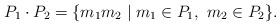
LaTeX: \begin{align*} P_1 \cdot P_2 = \{m_1m_2 \mid m_1 \in P_1,\ m_2 \in P_2\}.\end{align*}